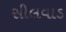
સીલવાડ